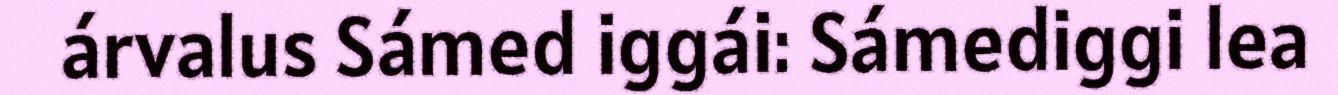
árvalus Sámed iggái: Sámediggi lea